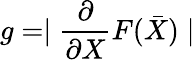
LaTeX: g=\mid\frac{\partial}{\partial X}F(\bar{X})\mid